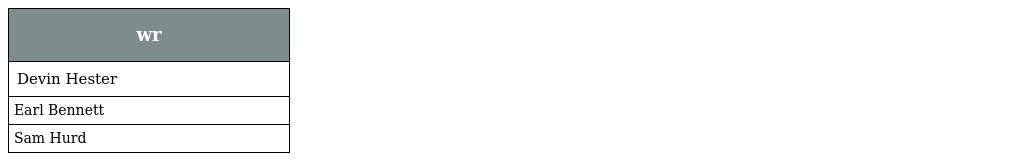
| wr |
 | --- |
 | Devin Hester |
 | Earl Bennett |
 | Sam Hurd |